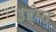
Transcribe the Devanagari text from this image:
उद्देप्त